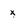
Character: x